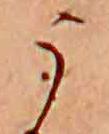
う